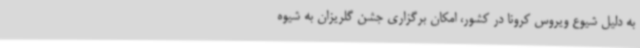
به دلیل شیوع ویروس کرونا در کشور، امکان برگزاری جشن گلریزان به شیوه